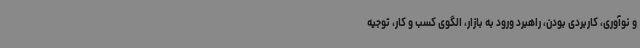
و نوآوری، کاربردی بودن، راهبرد ورود به بازار، الگوی کسب و کار، توجیه